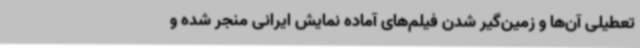
تعطیلی آن‌ها و زمین‌گیر شدن فیلم‌های آماده نمایش ایرانی منجر شده و